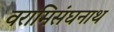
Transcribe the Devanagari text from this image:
वरामिसंघनाथ